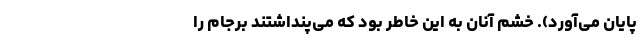
پایان می‌آورد). خشم آنان به این خاطر بود که می‌پنداشتند برجام را